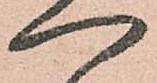
へ